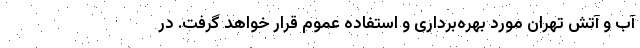
آب و آتش تهران مورد بهره‌برداری و استفاده عموم قرار خواهد گرفت. در